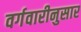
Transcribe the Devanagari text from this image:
वर्गवारीनुसार